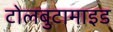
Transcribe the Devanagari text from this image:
टोलबुटामाइड